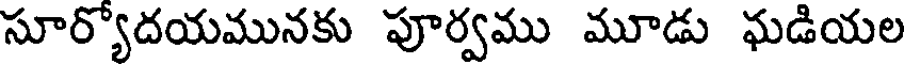
సూర్యోదయమునకు పూర్వము మూడు ఘడియల